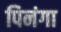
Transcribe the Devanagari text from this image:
पिनंगा